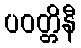
ပဝတ္တိနီ